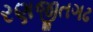
રણજીતગઢ